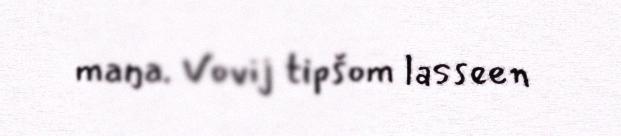
maŋa. Vovij tipšom lasseen